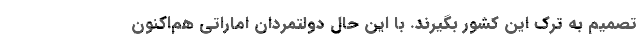
تصمیم به ترک این کشور بگیرند. با این حال دولتمردان اماراتی هم‌اکنون